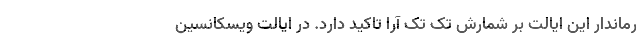
رماندار این ایالت بر شمارش تک تک آرا تاکید دارد. در ایالت ویسکانسین